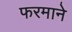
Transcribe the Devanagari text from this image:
फरमाने